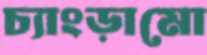
চ্যাংড়ামো